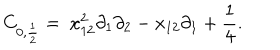
C _ { 0 , \frac { 1 } { 2 } } = \ x _ { 1 2 } ^ { 2 } \partial _ { 1 } \partial _ { 2 } - x _ { 1 2 } \partial _ { 1 } + \frac { 1 } { 4 } .